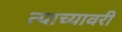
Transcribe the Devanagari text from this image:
त्याच्यावरी